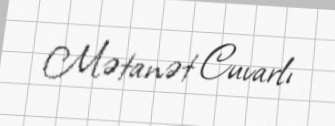
Mətanət Cuvarlı